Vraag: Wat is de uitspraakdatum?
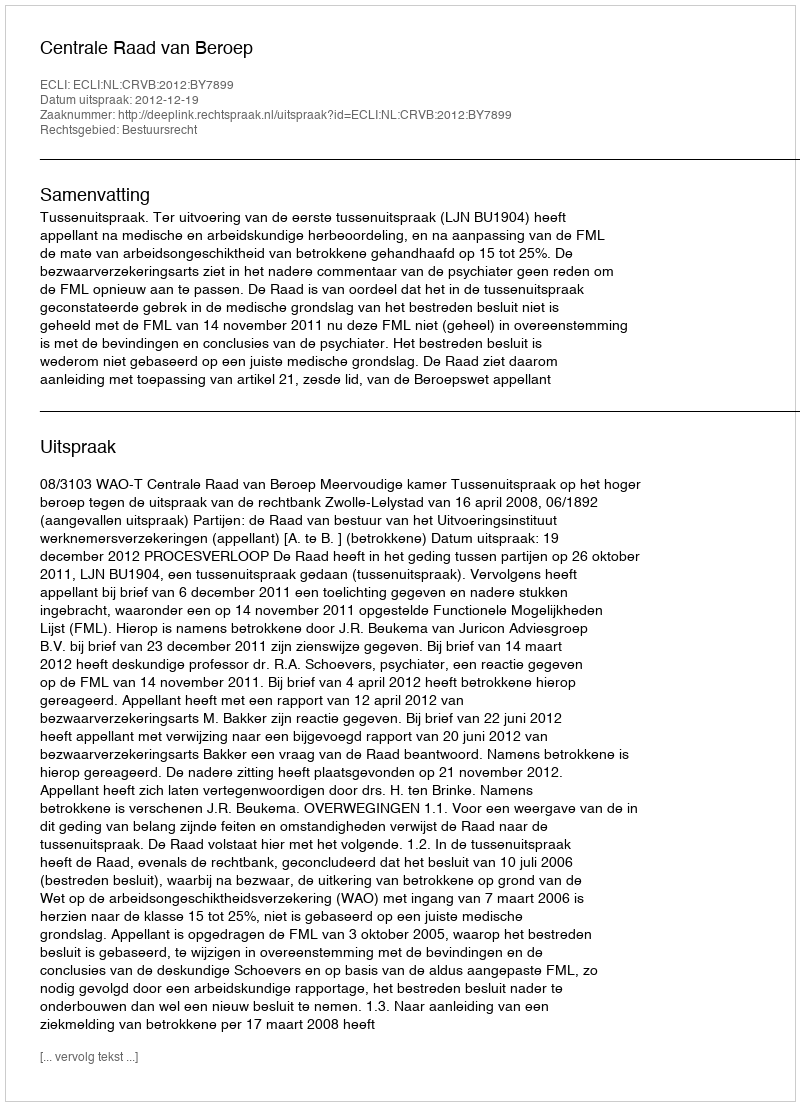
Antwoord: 2012-12-19